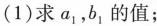
(1)求a_{1}，b_{1}的值；